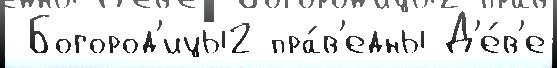
 Богород'ицы2 пра́в'едны Д'е́в'е